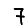
Digit: 7